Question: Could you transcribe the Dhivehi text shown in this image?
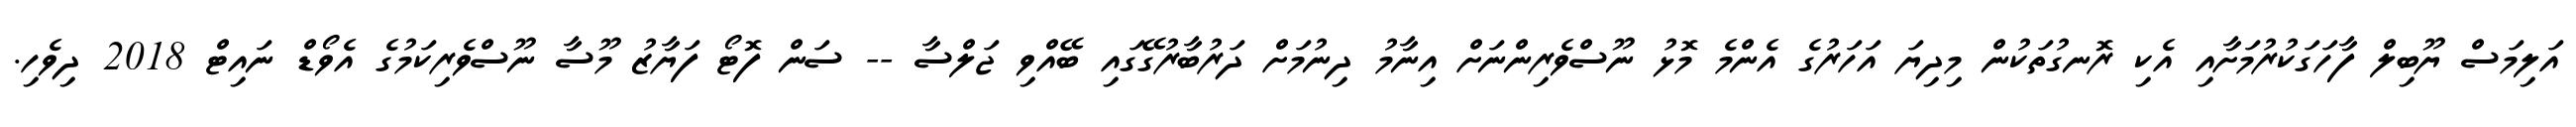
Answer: އަލިމަސް ޔޫބިލް ފާހަގަކުރުމަށާއި އެކި ރޮނގުތަކުން މިދިޔަ އަހަރުގެ އެންމެ މޮޅު ނޫސްވެރިންނަށް އިނާމު ދިނުމަށް ދަރުބާރުގޭގައި ބޭއްވި ޖަލްސާ -- ސަން ފޮޓޯ ފަޔާޒު މޫސާ ނޫސްވެރިކަމުގެ އެވޯޑް ނައިޓް 2018 ދިވެހި.